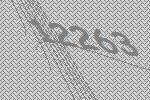
12263